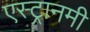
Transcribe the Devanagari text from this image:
एस्ट्रानमी